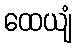
ထေယျံ